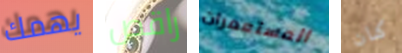
يهمك راقص المستعمرات كان